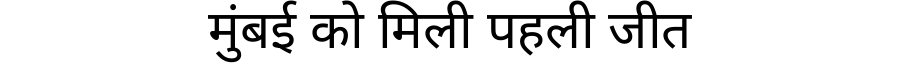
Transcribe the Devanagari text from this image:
मुंबई को मिली पहली जीत